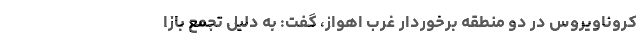
کروناویروس در دو منطقه برخوردار غرب اهواز، گفت: به دلیل تجمع بازا